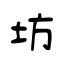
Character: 坊